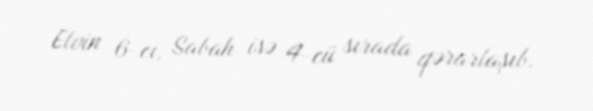
Elvin 6-cı, Sabah isə 4-cü sırada qərarlaşıb.